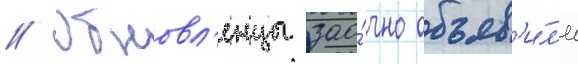
// Обновл'енцы зао́чно объяв'и́л'и